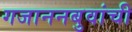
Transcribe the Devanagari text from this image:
गजाननबुवांची